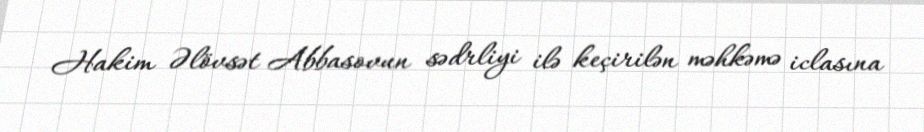
Hakim Əlövsət Abbasovun sədrliyi ilə keçirilən məhkəmə iclasına